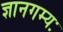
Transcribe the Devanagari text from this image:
ज्ञानगम्यः